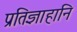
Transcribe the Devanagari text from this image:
प्रतिज्ञाहानि